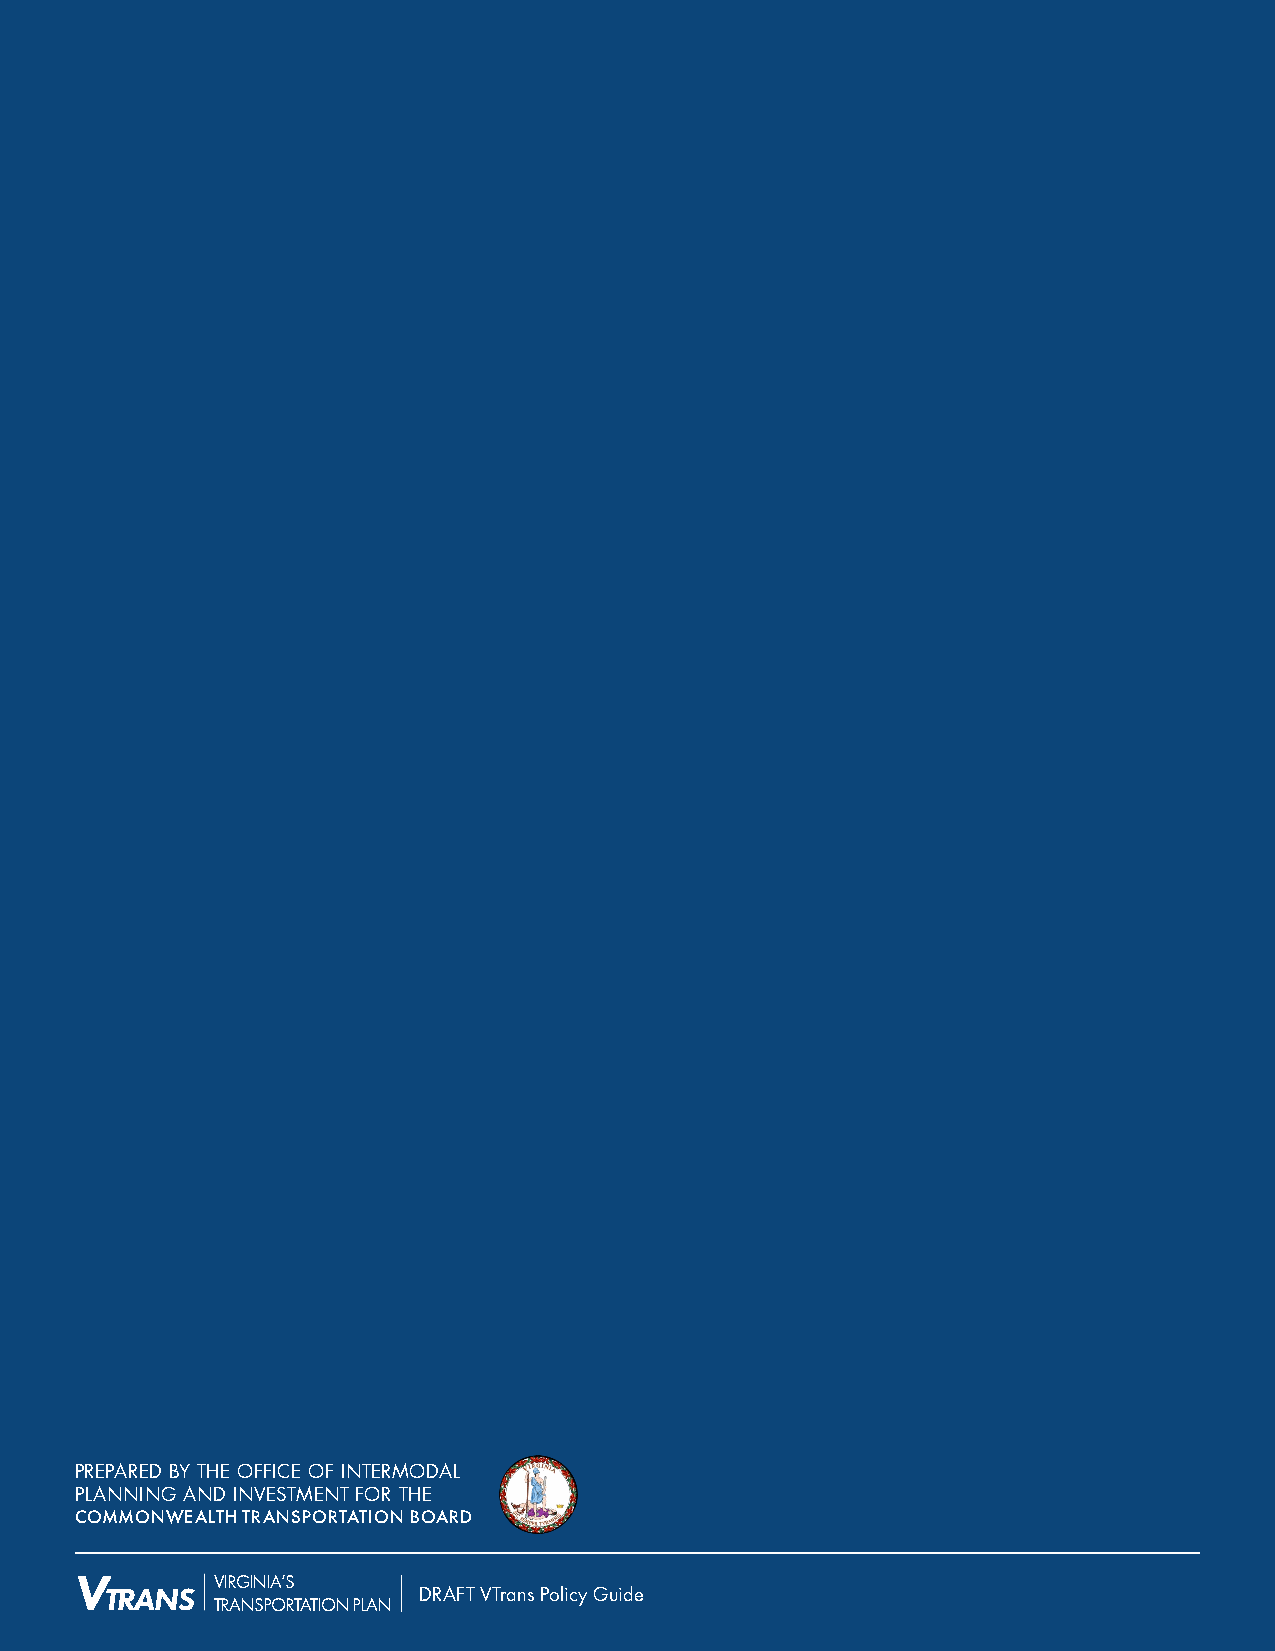
PREPARED BY THE OFFICE OF INTERMODAL
 PLANNING AND INVESTMENT FOR THE
 COMMONWEALTH TRANSPORTATION BOARD
 V        VIRGINIA’S
 TRANS                DDRRAAFFTT VVTTrraannss PPoolliiccyy GGuuiiddee   31
 TRANSPORTATION PLAN